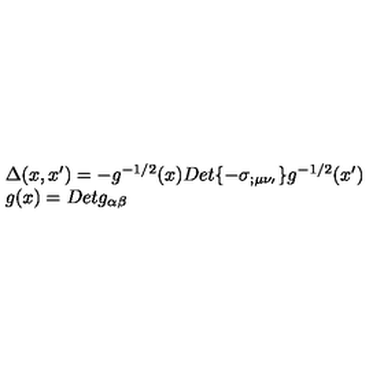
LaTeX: \begin{array} { l l } { \Delta ( x , x ^ { \prime } ) = - g ^ { - 1 / 2 } ( x ) D e t \{ - \sigma _ { ; \mu \nu _ { ' } } \} g ^ { - 1 / 2 } ( x ^ { \prime } ) } \\ { g ( x ) = D e t g _ { \alpha \beta } } \\ \end{array}